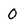
Character: 0